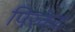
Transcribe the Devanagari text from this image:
पिरकेट